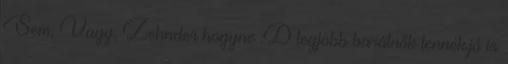
Sem, Vagy, Zehnder hogyne :D legjobb barátnők lennék.jó is